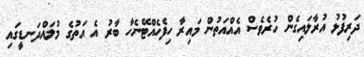
ދަރިފުޅު އުރާލައިގެން ހުރެވެސް އެއްއަތުން މައިރާ ހިފެހެއްޓޭނެހާ ބާރު އެ އަތުގެ މުލައްދަނޑީގައި